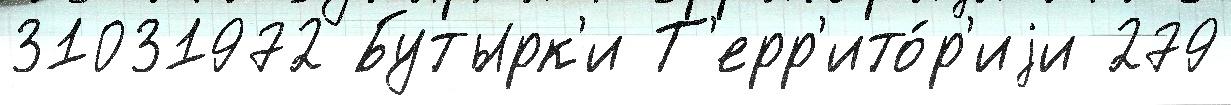
31031972 Бутырк'и Т'ерр'ито́р'иjи 279